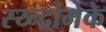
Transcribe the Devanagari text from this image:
स्य्न्द्रोमेके